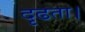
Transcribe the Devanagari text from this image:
दृढता।